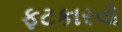
ફટકારવો